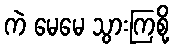
ကဲ မေမေ သွားကြစို့